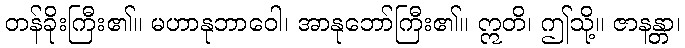
တန်ခိုးကြီး၏။ မဟာနုဘာဝေါ၊ အာနုဘော်ကြီး၏။ ဣတိ၊ ဤသို့။ ဇာနန္တာ၊